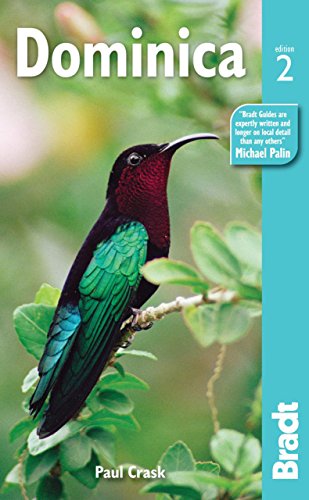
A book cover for Dominica (Bradt Travel Guide. Dominica); Paul Crask; Travel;